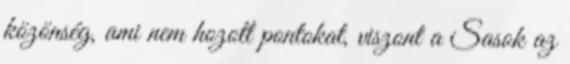
közönség, ami nem hozott pontokat, viszont a Sasok az